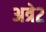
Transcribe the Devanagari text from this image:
अत्रे२